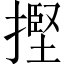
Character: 摼